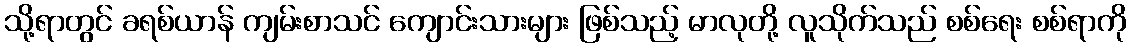
သို့ရာတွင် ခရစ်ယာန် ကျမ်းစာသင် ကျောင်းသားများ ဖြစ်သည့် မာလုတို့ လူသိုက်သည် စစ်ရေး စစ်ရာကို